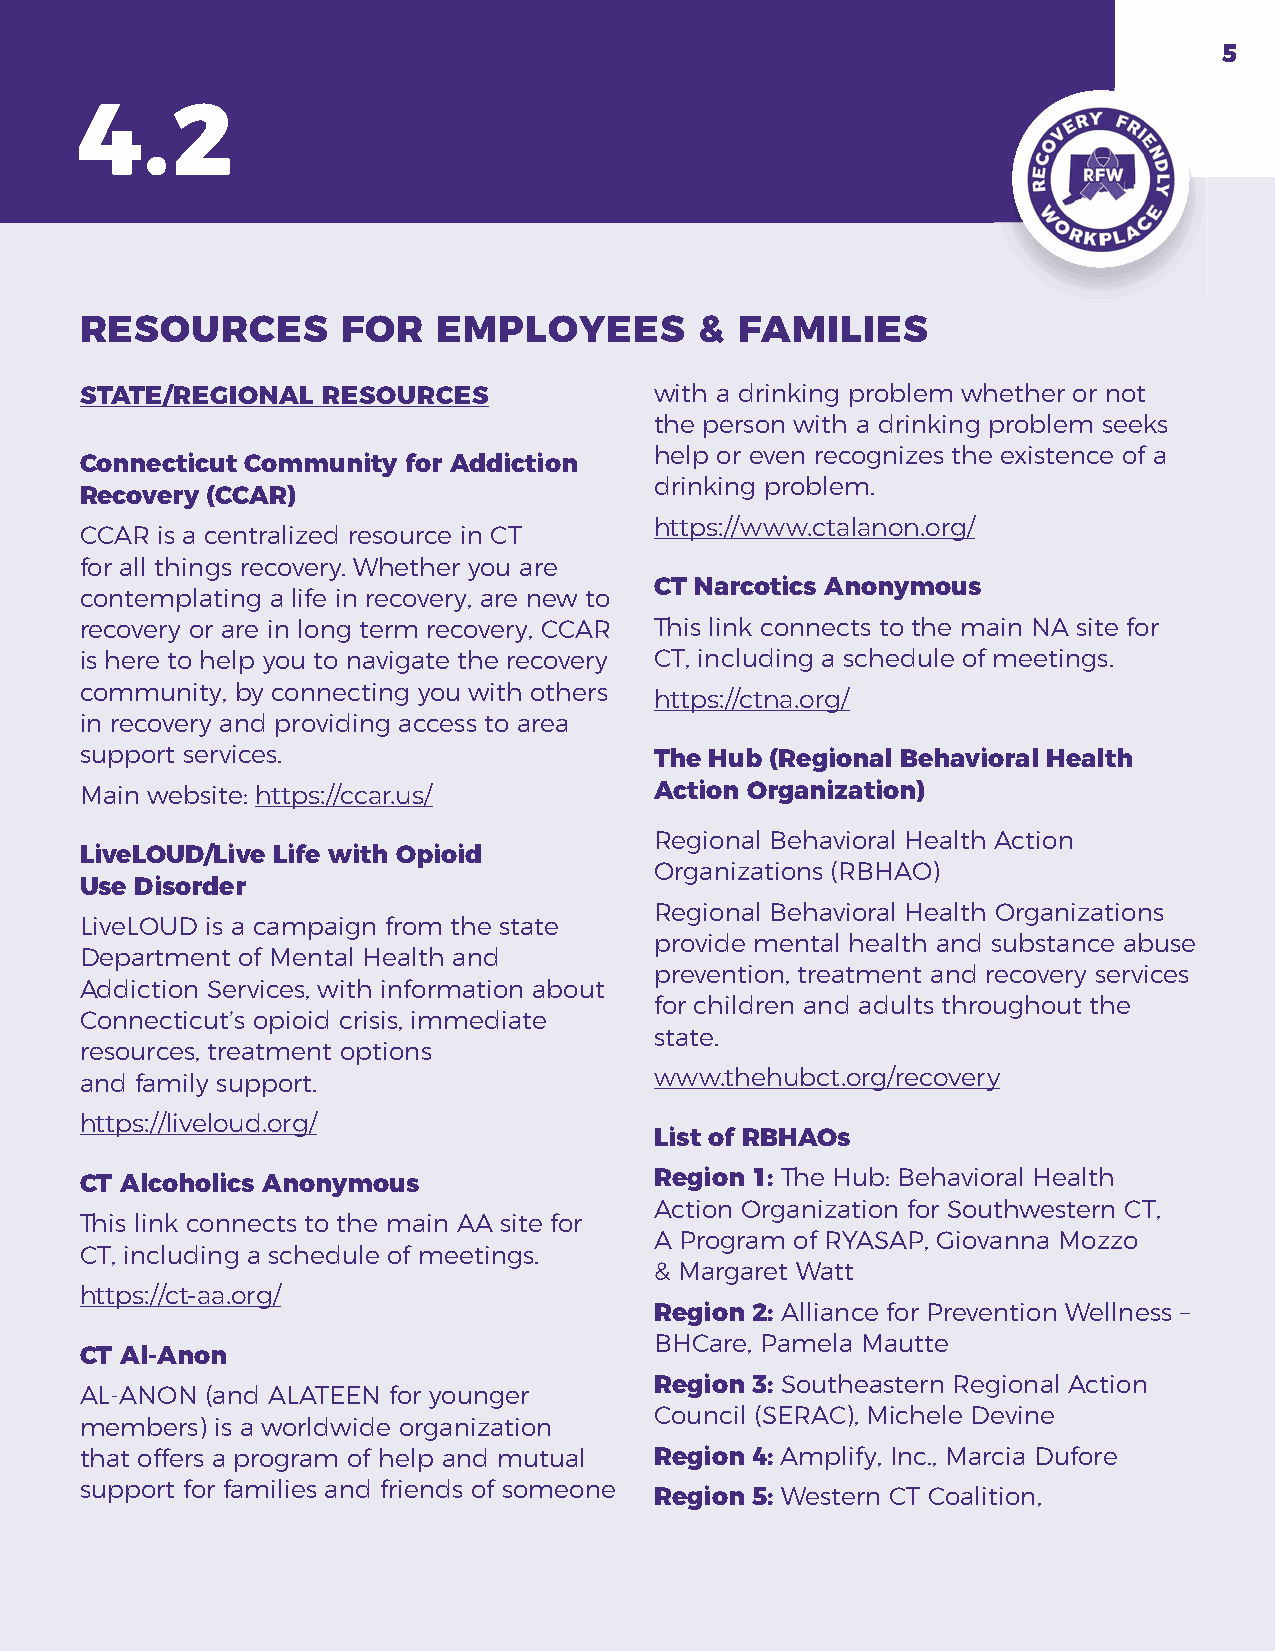
5
 4.2
 RESOURCES         FOR   EMPLOYEES        &  FAMILIES
 STATE/REGIONAL  RESOURCES             with a drinking problem whether or not
 the person with a drinking problem seeks
 help or even recognizes the existence of a
 Connecticut Community for Addiction
 drinking problem.
 Recovery (CCAR)
 https://www.ctalanon.org/
 CCAR is a centralized resource in CT
 for all things recovery. Whether you are
 CT Narcotics Anonymous
 contemplating a life in recovery, are new to
 recovery or are in long term recovery, CCAR This link connects to the main NA site for
 is here to help you to navigate the recovery CT, including a schedule of meetings.
 community, by connecting you with others
 https://ctna.org/
 in recovery and providing access to area
 support services.                     The Hub (Regional Behavioral Health
 Main website: https://ccar.us/        Action Organization)
 Regional Behavioral Health Action
 LiveLOUD/Live Life with Opioid
 Organizations (RBHAO)
 Use Disorder
 Regional Behavioral Health Organizations
 LiveLOUD is a campaign from the state
 provide mental health and substance abuse
 Department of Mental Health and
 prevention, treatment and recovery services
 Addiction Services, with information about
 for children and adults throughout the
 Connecticut’s opioid crisis, immediate
 state.
 resources, treatment options
 and family support.                   www.thehubct.org/recovery
 https://liveloud.org/
 List of RBHAOs
 CT Alcoholics Anonymous               Region 1: The Hub: Behavioral Health
 Action Organization for Southwestern CT,
 This link connects to the main AA site for
 A Program of RYASAP, Giovanna Mozzo
 CT, including a schedule of meetings.
 & Margaret Watt
 https://ct-aa.org/
 Region 2: Alliance for Prevention Wellness –
 BHCare, Pamela Mautte
 CT Al-Anon
 Region 3: Southeastern Regional Action
 AL-ANON  (and ALATEEN for younger
 Council (SERAC), Michele Devine
 members) is a worldwide organization
 that offers a program of help and mutual Region 4: Amplify, Inc., Marcia Dufore
 support for families and friends of someone
 Region 5: Western CT Coalition,